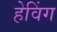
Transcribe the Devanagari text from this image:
हेविंग